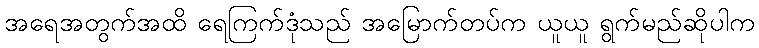
အရေအတွက်အထိ ရေကြက်ဒုံသည် အမြောက်တပ်က ယူယူ ရွက်မည်ဆိုပါက